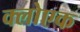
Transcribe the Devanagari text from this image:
क्लोएक